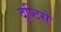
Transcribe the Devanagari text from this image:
दृष्‍टिसे